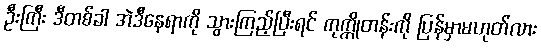
ဦးကြီး ဒီတစ်ခါ အဲဒီနေရာကို သွားကြည့်ပြီးရင် ကုက္ကိုတန်းကို ပြန်မှာမဟုတ်လား